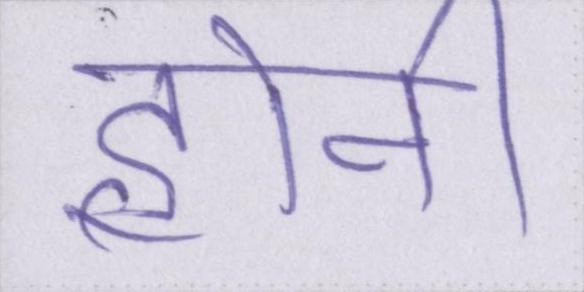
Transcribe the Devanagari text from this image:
होनी